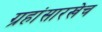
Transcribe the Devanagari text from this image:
ग्रहांसारखेच